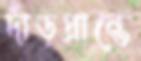
দাঁড়প্রান্তে